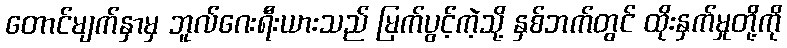
တောင်မျက်နှာမှ ဘူလ်ဂေးရီးယားသည် မြက်ပွင့်ကဲ့သို့ နှစ်ဘက်တွင် ထိုးနှက်မှုတို့ကို